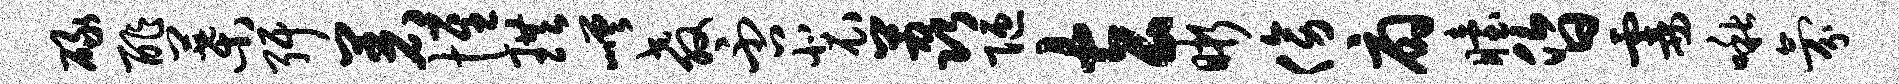
碌酢叶弭着惟珙嵯教否裴荔陋玄晰傍扇眙昏霎啾氛